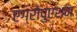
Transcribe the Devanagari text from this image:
एग्रोपुएशन